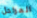
المراحل